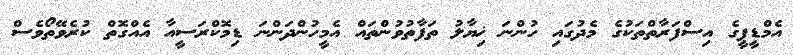
އެމްޑީޕީގެ އިސްފަރާތްތަކުގެ މެދުގައި ހުންނަ ޚިޔާލު ތަފާތުވުންތައް އެމީހުންދަންނަ ޑިމޮކްރަސީއާ އެއްގޮތް ކުރެވޭތޯވެސް